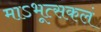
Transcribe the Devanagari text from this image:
माऽभूत्सकलं